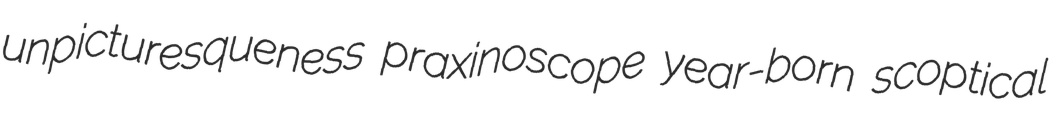
unpicturesqueness praxinoscope year-born scoptical